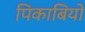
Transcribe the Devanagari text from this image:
पिकाबियो